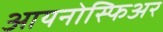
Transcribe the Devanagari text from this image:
आयनोस्फिअर